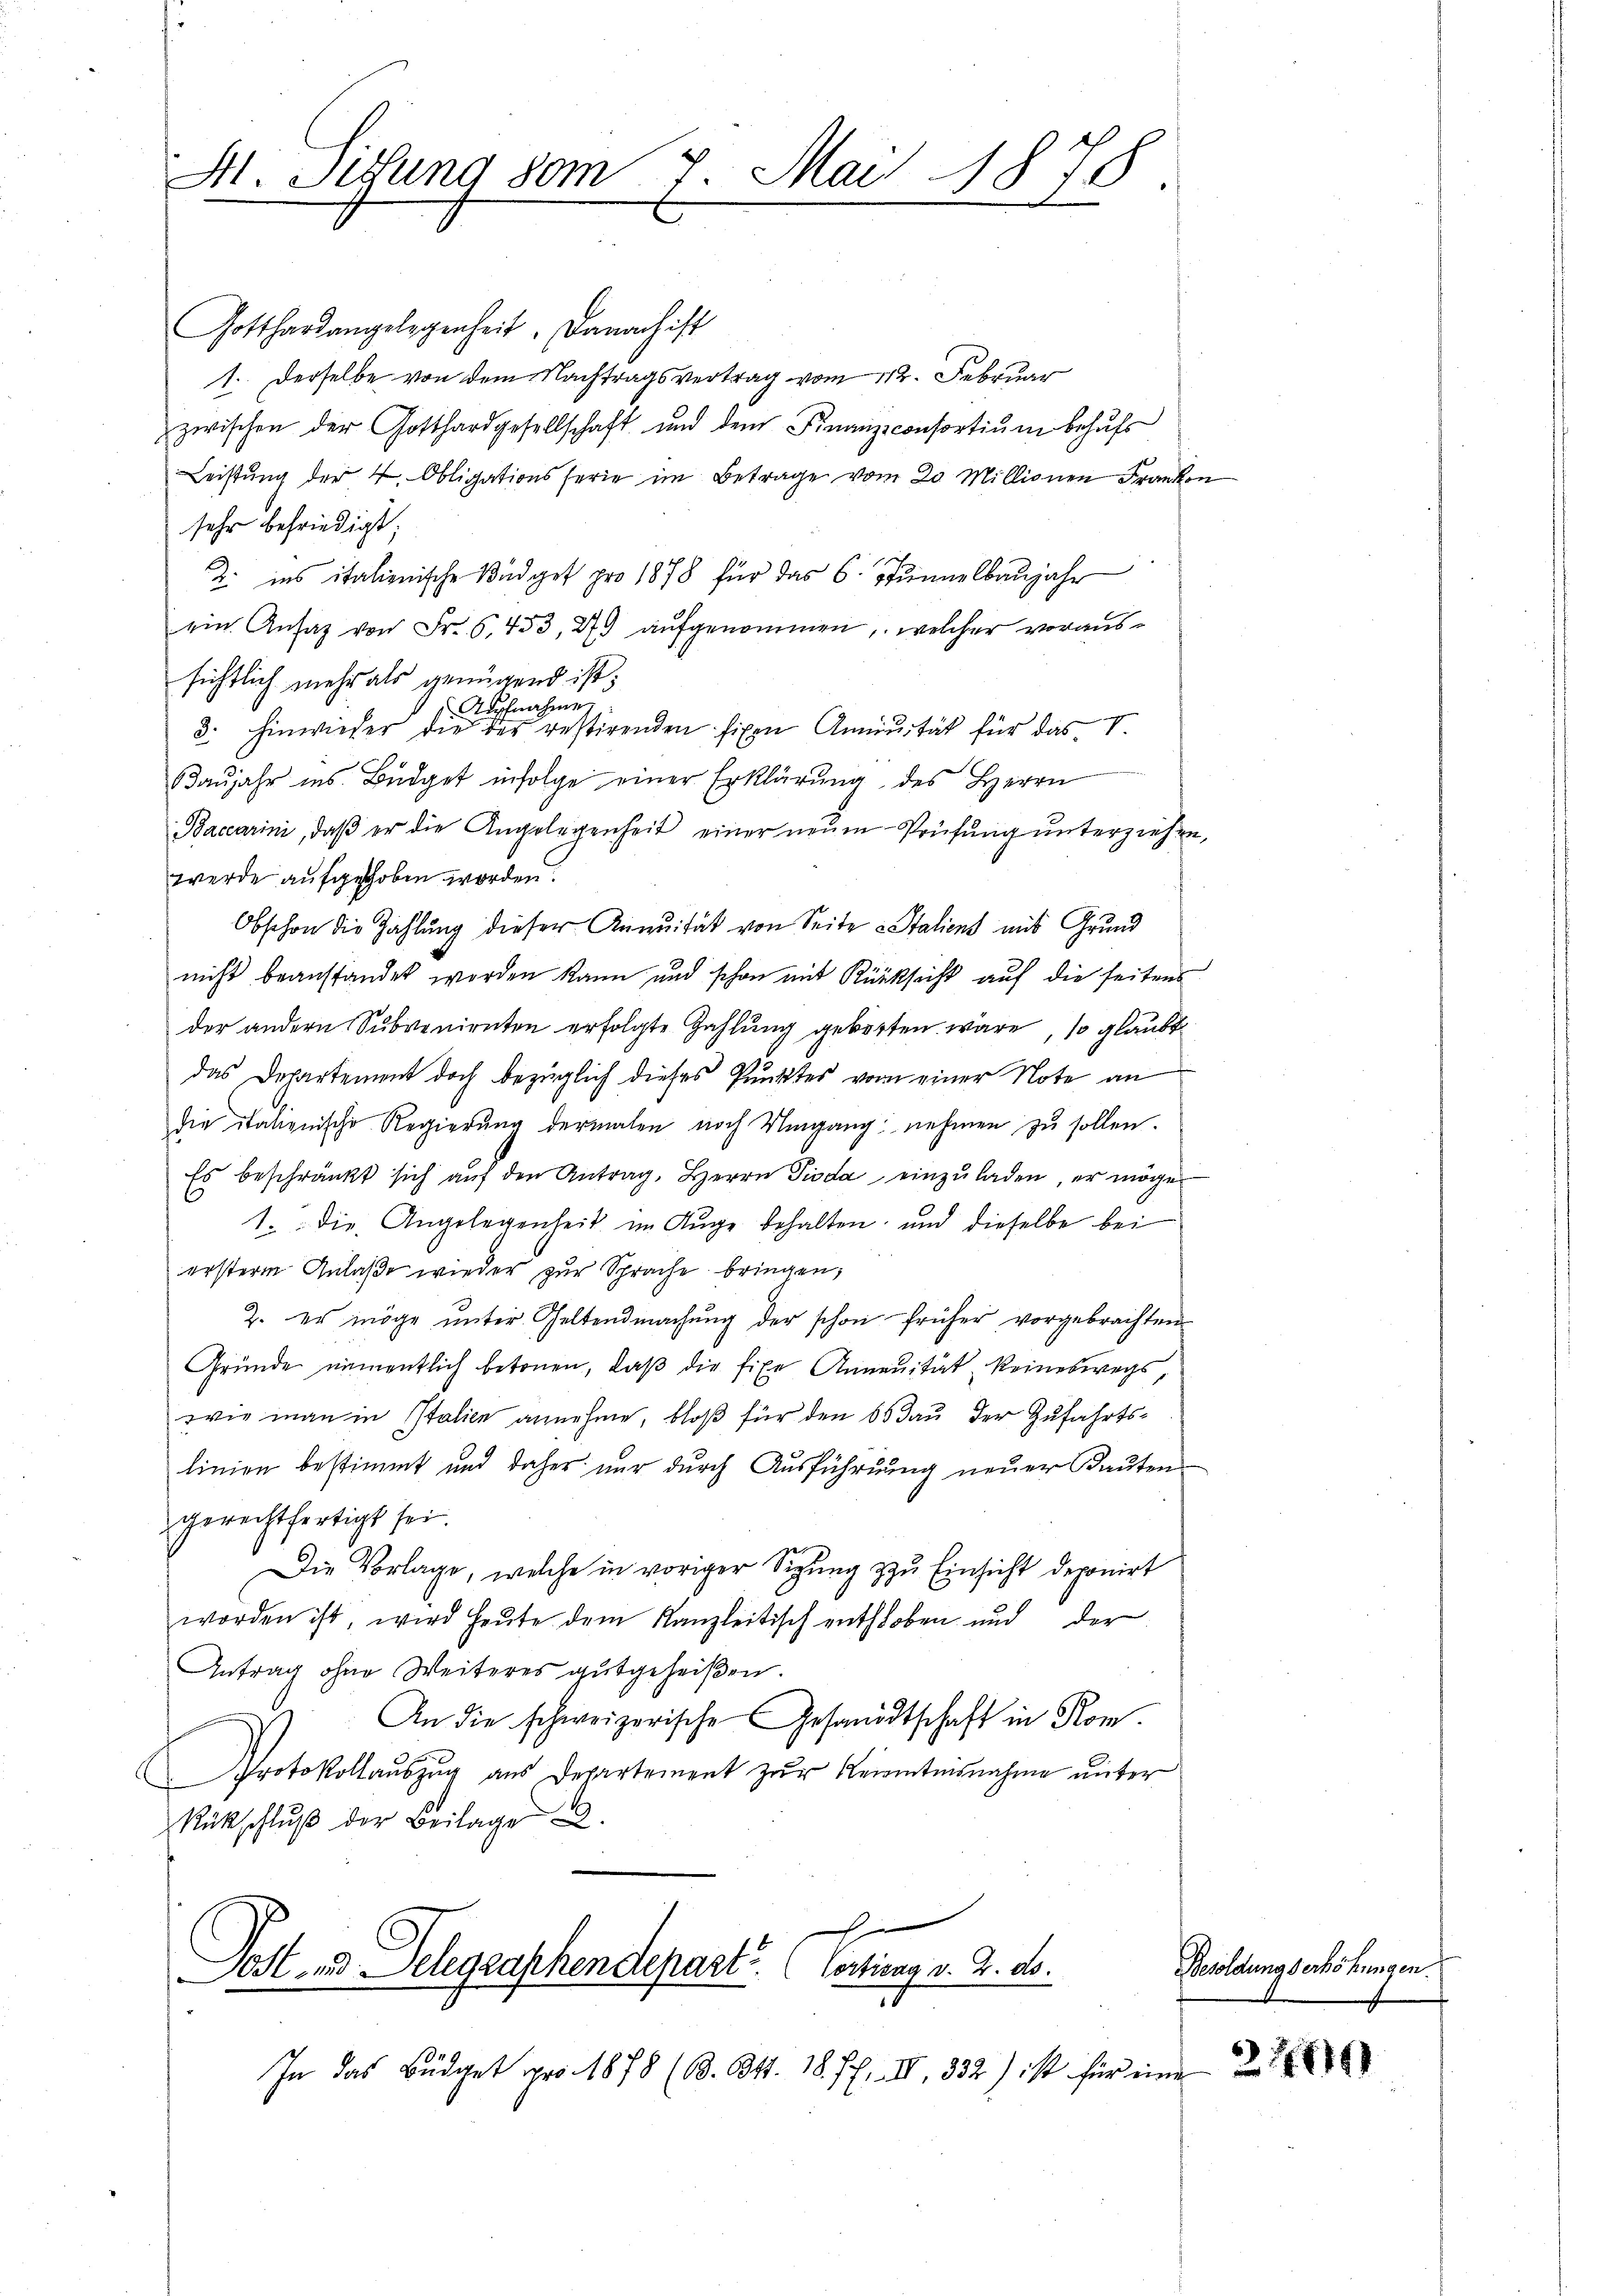
H. Sitzung vom 7. Mai 1878

Gotthardangelegenheit. Danach ist
1.. Derselbe von dem Nachtragsvertrag vom 112. Februar
zwischen der Gotthardgesellschaft und dem Finanzconsortium behufs
Leistŭng der 4. Obligationsferie im Betrage vom 20 Millionen Franken
sehr befriedigt;
2. ins italienische Büdget pro 1878 für das 6. Stunnelbaujahr
ein Ansaz von Fr. 6, 433, 27 aufgenommen, welcher voraussichtlich mehr als genügend ist;
pfnahme
3. hinwieder die der restirenden fixen Annuität für das V.
Baŭjahr ins Büdget infolge einer Erklärŭng des Herrn
Baccarini, daβ er die Angelegenheit einer neŭen Prüfŭng ŭnterziehen,
werde aufgehoben worden.
Obschon die Zahlung dieser Annuität von Seite Staliens mit Grund
nicht beanstandet worden kann und schon mit Rücksicht auf die seitens
der andern Subvenienten erfolgte Zahlung geborten wäre, so glaubt
das Departement doch bezüglich dieses Punktes vom einer Note an
die italienische Regierung dermalen noch Umgang nehmen zu sollen.
Es beschränkt sich auf den Antrag, Herrn Pioda einzuladen, er möge
1. die Angelegenheit im Auge behalten, und dieselbe bei
ersterm Anlaße wieder zur Sprache bringen;
2. es möge unter Geltendmachung der schon früher vorgebrachten
Gründe namentlich betonen, daß die fixe Annuität keineswegs,
wie man in Italien annehme, bloß für den 6 Bau der Zufahrtslinien bestimmt und daher nur durch Ausführung neuer Kauten
gerechtfertigt sei
Die Vorlage, welche in voriger Sigung zu Einsicht deponirt
worden ist, wird heŭte dem Kanzleitisch enthoben und der
Antrag ohne Weiteres gutgeheißen.
An die schweizerische Gesandtschaft in Rom.
Protokollauszug aus Departement zur Reiamtesnahme unter
Rückschluß der Beilage 22.

ost- und Telegraphendepart? (Cortiena v. 2. ds.
1
In das Büdget pro 1878 (Bd. 341. 18 ff. IV 832) ist für ein

Besoldung verhöhungen

t

217141